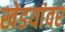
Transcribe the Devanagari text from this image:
खेडयांवर